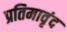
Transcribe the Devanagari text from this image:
प्रतिमावृंद